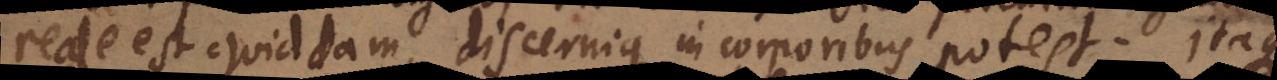
reale est quiddam, discernique in corporibus potest. Itaque